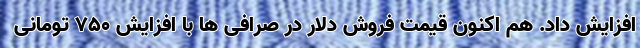
افزایش داد. هم اکنون قیمت فروش دلار در صرافی ها با افزایش 750 تومانی